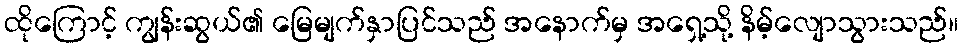
ထိုကြောင့် ကျွန်းဆွယ်၏ မြေမျက်နှာပြင်သည် အနောက်မှ အရှေ့သို့ နိမ့်လျောသွားသည်။